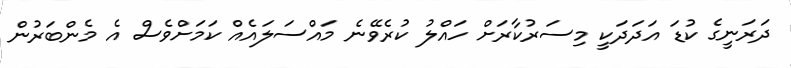
ދަރަނީގެ ކުޑަ އަދަދަކީ މިސަރުކާރަށް ހައްލު ކުރެވޭނެ މައްސަލައެއް ކަމަށްވެސް އެ މެންބަރުން